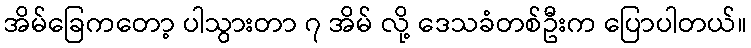
အိမ်ခြေကတော့ ပါသွားတာ ၇ အိမ် လို့ ဒေသခံတစ်ဦးက ပြောပါတယ်။